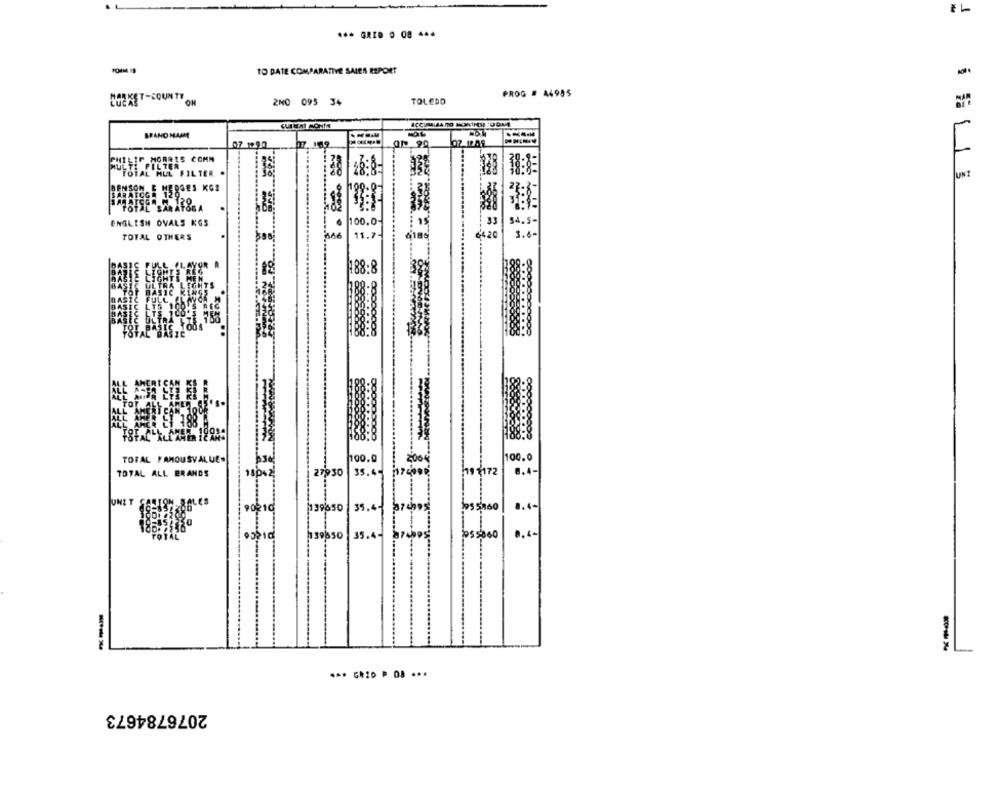
... GRID 0 08 444
TO DATE COMPARATIVE SALES REPORT
PROG # 44955
2M0 095 34
TOLEDO
BRAND NAME
07 1290
07. 109
HILIP MORRIS COMM
....
TOTAL MUL FILTER .
UNI
BENSON E HERSES KOS
SARATOGA 129
TOTAL SARATOGA
---
ENGLISH OVALS KGS
S4. 5-
00,0
TOTAL OTHERS
11.7
+420
3.6-
188:8
TOTAL FAMOUSVALUE.
100.0
100.0
TOTAL ALL BRANDS
27930
19 :172
8.4.
,de10
35. 41
15ºso
35.4
05,00
2076784673